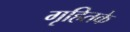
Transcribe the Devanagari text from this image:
गृहितके